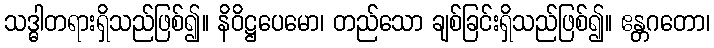
သဒ္ဓါတရားရှိသည်ဖြစ်၍။ နိဝိဋ္ဌပေမော၊ တည်သော ချစ်ခြင်းရှိသည်ဖြစ်၍။ ဧန္တဂတော၊